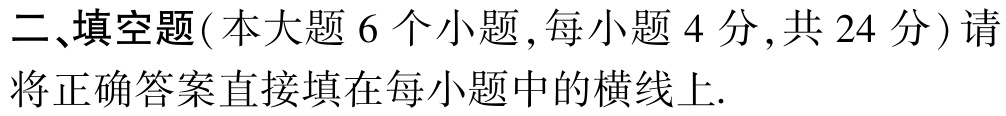
二、填空题(本大题 6 个小题,每小题 4 分,共 24 分) 请将正确答案直接填在每小题中的横线上.